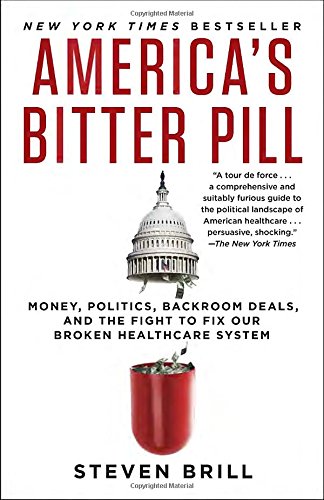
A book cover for America's Bitter Pill: Money, Politics, Backroom Deals, and the Fight to Fix Our Broken Healthcare System; Steven Brill; Medical Books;